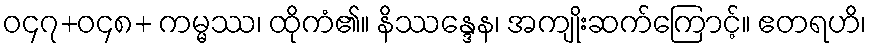
ဝ၄၇+ဝ၄၈+ ကမ္မဿ၊ ထိုကံ၏။ နိဿန္ဒေန၊ အကျိုးဆက်ကြောင့်။ ဧတရဟိ၊